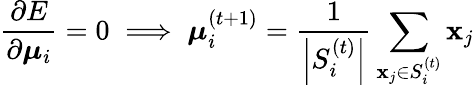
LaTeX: \frac{\partial E}{\partial\boldsymbol{\mu}_{i}}=0\; \Longrightarrow\; \boldsymbol{\mu}_{i}^{(t+1)}=\frac{1}{\left|S_{i}^{(t)}\right|}\sum_{\mathbf{x}_{j}\in S_{i}^{(t)}}\mathbf{x}_{j}